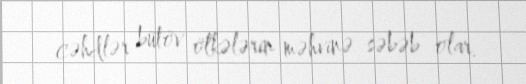
cəhdlər bütöv ölkələrin məhvinə səbəb olar.